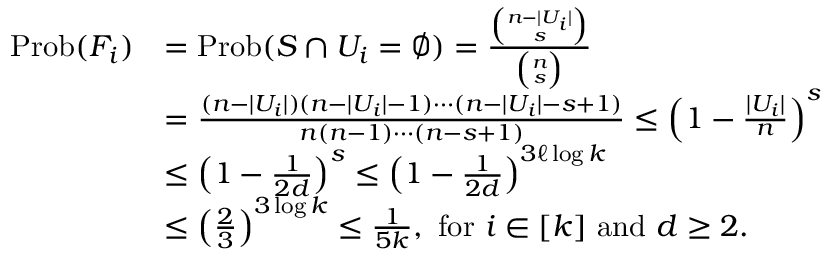
\begin{array} { r l } { \mathrm { P r o b } ( F _ { i } ) } & { = \mathrm { P r o b } ( S \cap U _ { i } = \emptyset ) = \frac { { \binom { n - | U _ { i } | } { s } } } { { \binom { n } { s } } } } \\ & { = \frac { ( n - | U _ { i } | ) ( n - | U _ { i } | - 1 ) \cdots ( n - | U _ { i } | - s + 1 ) } { n ( n - 1 ) \cdots ( n - s + 1 ) } \leq \left( 1 - \frac { | U _ { i } | } { n } \right) ^ { s } } \\ & { \leq \left( 1 - \frac { 1 } { 2 d } \right) ^ { s } \leq \left( 1 - \frac { 1 } { 2 d } \right) ^ { 3 \ell \log { k } } } \\ & { \leq \left( \frac 2 3 \right) ^ { 3 \log { k } } \leq \frac { 1 } { 5 k } , \mathrm { ~ f o r ~ } i \in [ k ] \mathrm { ~ a n d ~ } d \geq 2 . } \end{array}